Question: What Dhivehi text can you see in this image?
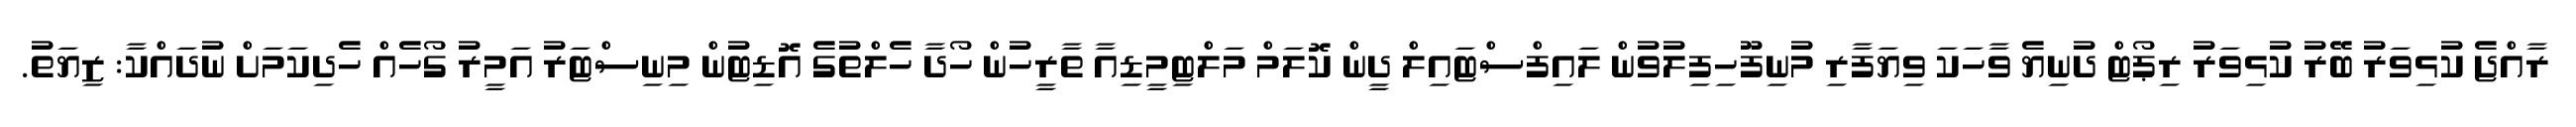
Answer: ރާއްޖެ ކުޅިވަރު ބޭރު ކުޅިވަރު ރިޕޯޓް ދުނިޔެ ވާހަކަ ވިޔަފާރި މުނިފޫހިފިލުވުން ލައިފްސްޓައިލް ދީން ކޮލަމް މަލްޓިމީޑިއާ ތާރީހުން ހޯދާ ހެލްތުގެ އޮޑިޓުން މިނިސްޓަރު އަމީރު ގޯހެއް ހެދިކަމަށް ނުދައްކާ: ޒިޔަތު.